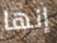
إنها